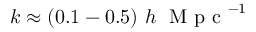
k \approx ( 0 . 1 - 0 . 5 ) \ h \ \mathrm { ~ M ~ p ~ c ~ } ^ { - 1 }